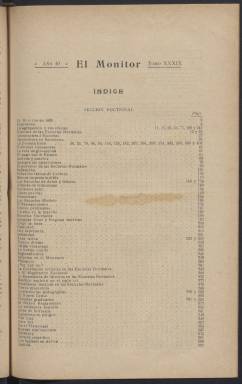
Título: El Monitor (Barcelona)
Colección: Educación
Ámbito geográfico: Barcelona
Lugar de publicación: Barcelona
Fechas: 01/01/1899-25/12/1902